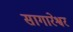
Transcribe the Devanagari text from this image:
सागारेश्वर